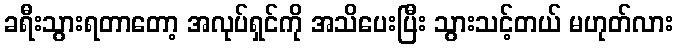
ခရီးသွားရတာတော့ အလုပ်ရှင်ကို အသိပေးပြီး သွားသင့်တယ် မဟုတ်လား